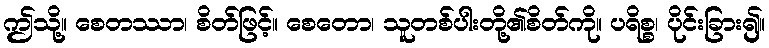
ဤသို့။ စေတဿာ၊ စိတ်ဖြင့်။ စေတော၊ သူတစ်ပါးတို့၏စိတ်ကို။ ပရိစ္စ၊ ပိုင်းခြား၍။